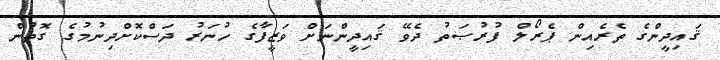
ޤައިދީންގެ ތެރެއިން ޕެރޯލް ފުރުޞަތު ދެވޭ ޤައިދީންނަށް ވަޒީފާގެ ހުނަރު ދަސްކޮށްދިނުމުގެ ގޮތުން